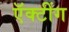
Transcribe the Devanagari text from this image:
ऍक्टींग